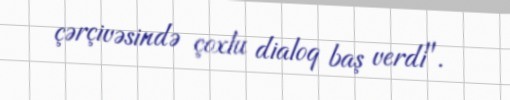
çərçivəsində çoxlu dialoq baş verdi".